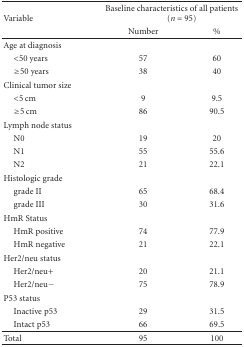
<table><thead><tr><td rowspan="2"><b>Variable</b></td><td colspan="2"><b>Baseline characteristics of all patients (<i>n</i> = 95)</b></td></tr><tr><td><b>Number</b></td><td><b>%</b></td></tr></thead><tbody><tr><td>Age at diagnosis</td><td> </td><td> </td></tr><tr><td> &lt;50 years</td><td>57</td><td>60</td></tr><tr><td> ≥50 years</td><td>38</td><td>40</td></tr><tr><td>Clinical tumor size</td><td> </td><td> </td></tr><tr><td> &lt;5 cm</td><td>9</td><td>9.5</td></tr><tr><td> ≥5 cm</td><td>86</td><td>90.5</td></tr><tr><td>Lymph node status</td><td> </td><td> </td></tr><tr><td> N0</td><td>19</td><td>20</td></tr><tr><td> N1</td><td>55</td><td>55.6</td></tr><tr><td> N2</td><td>21</td><td>22.1</td></tr><tr><td>Histologic grade</td><td> </td><td> </td></tr><tr><td> grade II</td><td>65</td><td>68.4</td></tr><tr><td> grade III</td><td>30</td><td>31.6</td></tr><tr><td>HmR Status</td><td> </td><td> </td></tr><tr><td> HmR positive</td><td>74</td><td>77.9</td></tr><tr><td> HmR negative</td><td>21</td><td>22.1</td></tr><tr><td>Her2/neu status</td><td> </td><td> </td></tr><tr><td> Her2/neu+</td><td>20</td><td>21.1</td></tr><tr><td> Her2/neu−</td><td>75</td><td>78.9</td></tr><tr><td>P53 status</td><td> </td><td> </td></tr><tr><td> Inactive p53 </td><td>29</td><td>31.5</td></tr><tr><td> Intact p53 </td><td>66</td><td>69.5</td></tr><tr><td>Total</td><td>95</td><td>100</td></tr></tbody></table>